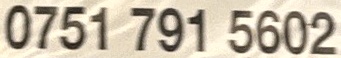
0751 791 5602